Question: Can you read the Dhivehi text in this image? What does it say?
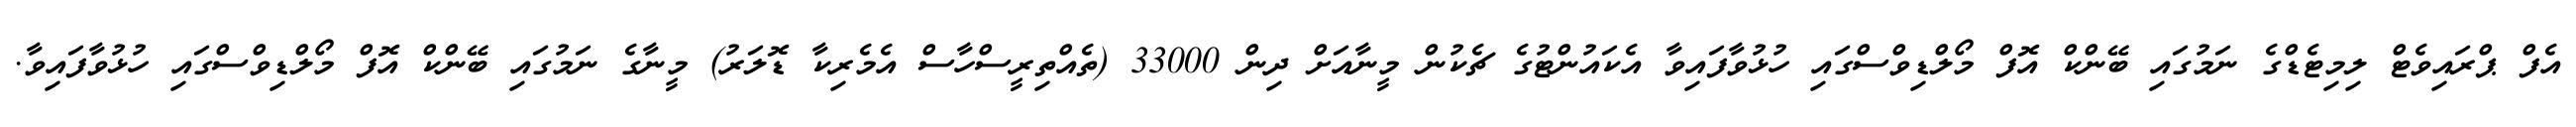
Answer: އެފް ޕްރައިވެޓް ލިމިޓެޑްގެ ނަމުގައި ބޭންކް އޮފް މޯލްޑިވްސްގައި ހުޅުވާފައިވާ އެކައުންޓުގެ ޗެކުން މީނާއަށް ދިން 33000 (ތެއްތިރީސްހާސް އެމެރިކާ ޑޮލަރު) މީނާގެ ނަމުގައި ބޭންކް އޮފް މޯލްޑިވްސްގައި ހުޅުވާފައިވާ.